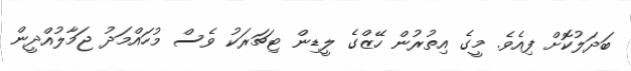
ބަދަލުކޮށް ފިއެވެ. މީގެ އިތުރުން ހޭޒްގެ ލީޑިން ޓިޗަރަކު ވެސް މުހައްމަދު ޖަމާލުއްދީން